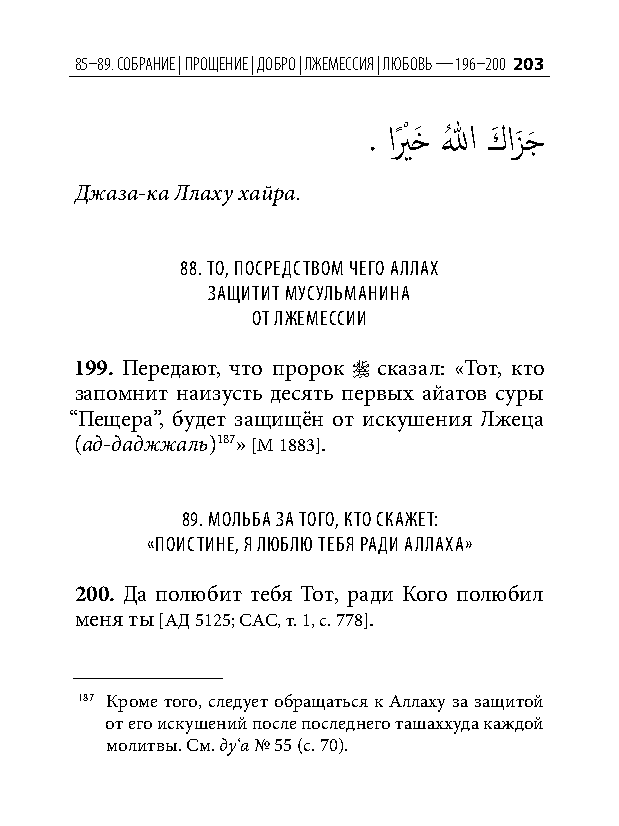
85–89. собрание | Прощение | добро | лжемессия | любовь — 196–200 203
 . ايً ْ خَ اللهُ كَ ازَ جَ
 Джаза-ка Ллаху хайра.
 88. то, поСредСтвом чего аллах
 защитит муСульманина
 от лжемеССии
 199. Передают, что пророк  сказал: «Тот, кто
 запомнит наизусть десять первых айатов суры
 “Пещера”, будет защищён от искушения Лжеца
 (ад-даджжаль)187» [М 1883].
 89. мольба за того, кто Скажет:
 «поиСтине, я люблю тебя ради аллаха»
 200. Да полюбит тебя Тот, ради Кого полюбил
 меня ты [АД 5125; САС, т. 1, с. 778].
 187 Кроме того, следует обращаться к Аллаху за защитой
 от его искушений после последнего ташаххуда каждой
 молитвы. См. ду‘а № 55 (с. 70).